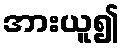
အားယူ၍